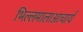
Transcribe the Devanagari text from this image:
भिल्लमालाआचार्य